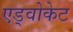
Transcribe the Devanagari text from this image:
एड्वोकेट